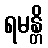
ရမန္တိ